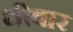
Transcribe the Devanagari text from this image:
धीवार